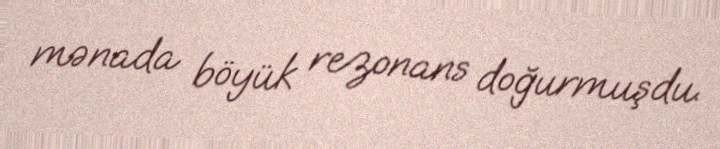
mənada böyük rezonans doğurmuşdu.